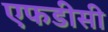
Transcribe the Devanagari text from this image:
एफडीसी